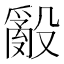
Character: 𭯁